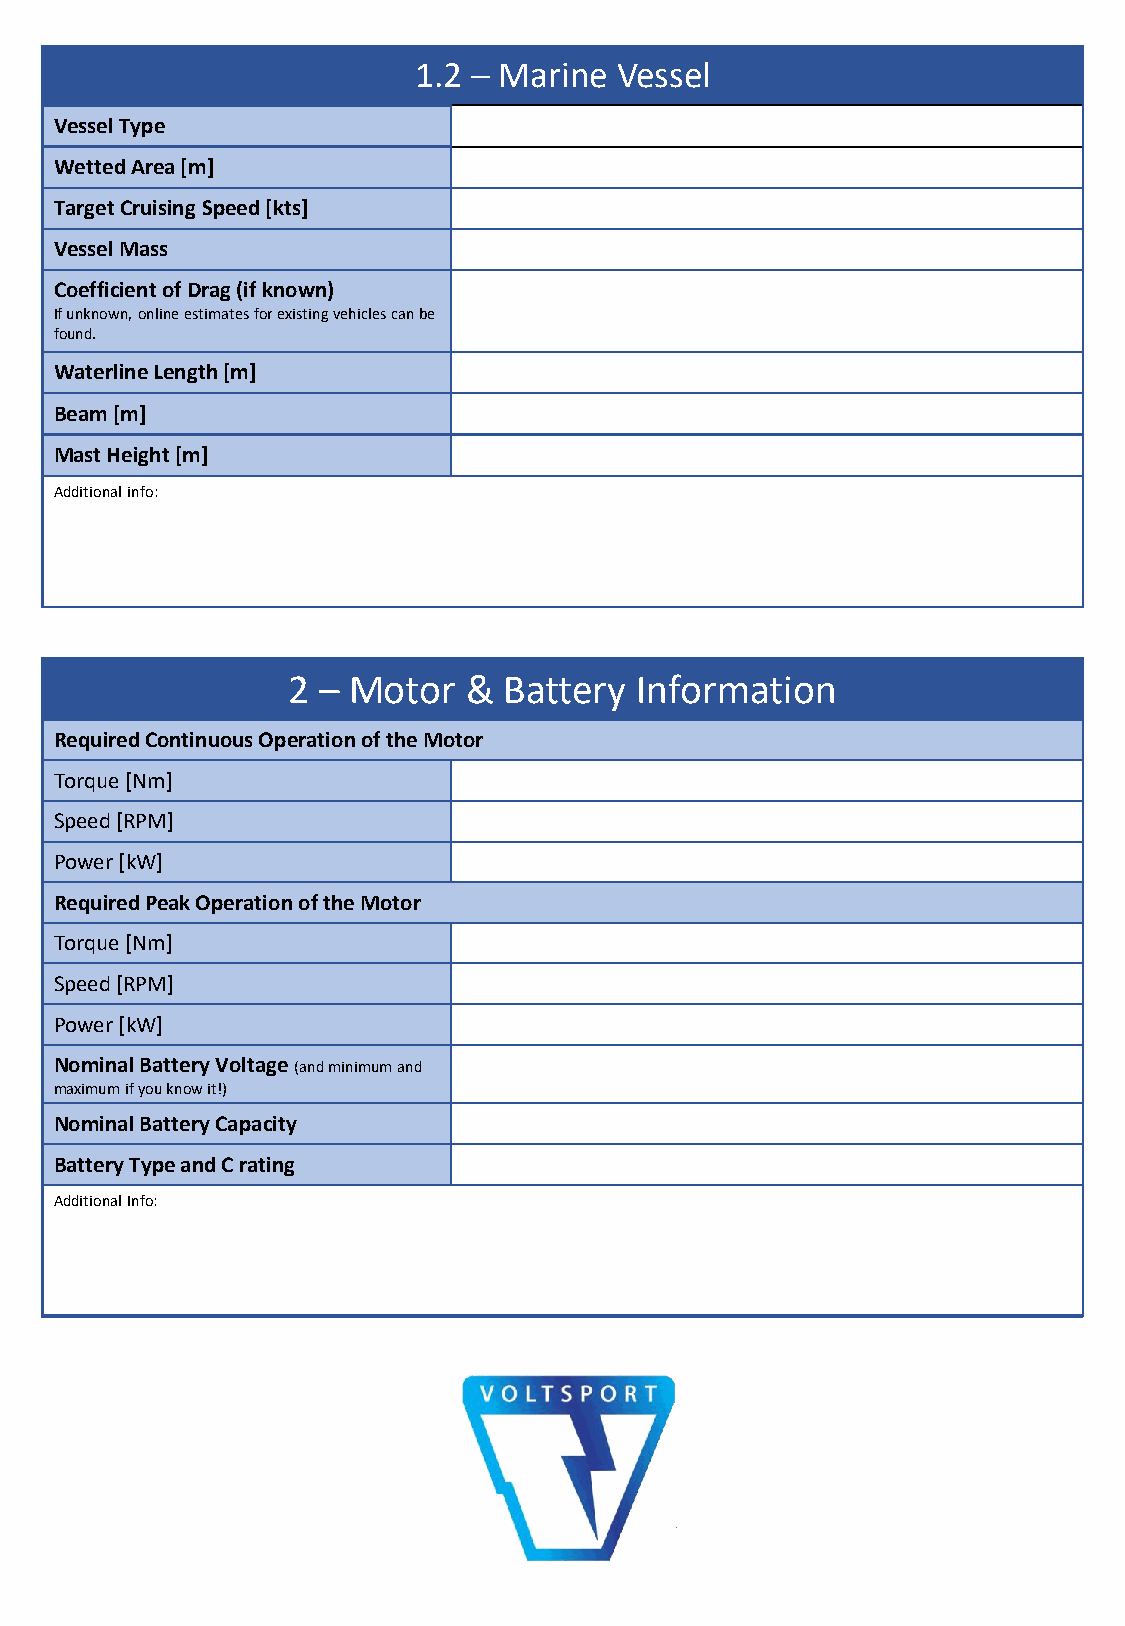
1.2 – Marine  Vessel
 Vessel Type
 Wetted Area [m]
 Target Cruising Speed [kts]
 Vessel Mass
 Coefficient of Drag (if known)
 If unknown, online estimates for existing vehicles can be
 found.
 Waterline Length [m]
 Beam [m]
 Mast Height [m]
 Additional info:
 2 – Motor   & Battery  Information
 Required Continuous Operation of the Motor
 Torque [Nm]
 Speed [RPM]
 Power [kW]
 Required Peak Operation of the Motor
 Torque [Nm]
 Speed [RPM]
 Power [kW]
 Nominal Battery Voltage (and minimum and
 maximum if you know it!)
 Nominal Battery Capacity
 Battery Type and C rating
 Additional Info: